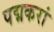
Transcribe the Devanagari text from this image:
पद्मकरां